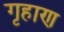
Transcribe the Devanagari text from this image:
गृहाण